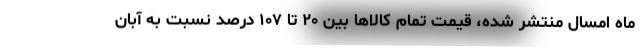
ماه امسال منتشر شده، قیمت تمام کالاها بین ۲۰ تا ۱۰۷ درصد نسبت به آبان